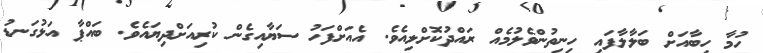
ހުމާ ހިބާއަށް ބަލާލާފައި ހިނިތުންވެލުމެއް ރައްދުކޮށްލިއެވެ. އެއަށްފަހު ސަޔާއިގެން ކުރިއަށްދިޔައެވެ. ބައްޕާ އަޅުގަނޑު